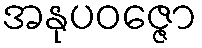
အနုပဝဇ္ဇော